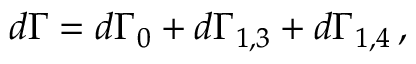
d \Gamma = d \Gamma _ { 0 } + d \Gamma _ { 1 , 3 } + d \Gamma _ { 1 , 4 } \, ,